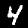
Label: 4